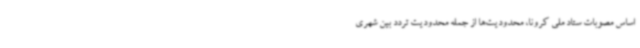
اساس مصوبات ستاد ملی کرونا، محدودیت‌ها از جمله محدودیت تردد بین شهری